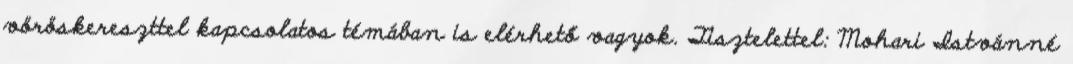
vöröskereszttel kapcsolatos témában is elérhető vagyok. Tisztelettel: Mohari Istvánné